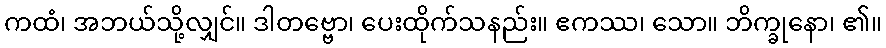
ကထံ၊ အဘယ်သို့လျှင်။ ဒါတဗ္ဗော၊ ပေးထိုက်သနည်း။ ဧကဿ၊ သော။ ဘိက္ခုနော၊ ၏။